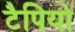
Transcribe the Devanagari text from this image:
टैपियो